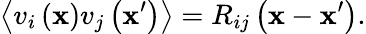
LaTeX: \left\langle v_{i}\left(\mathbf{x}\right)v_{j}\left(\mathbf{x}^{\prime}\right)\right\rangle=R_{ij}\left(\mathbf{x}-\mathbf{x}^{\prime}\right).